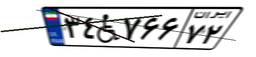
۹۹W۷۷۸۱۳